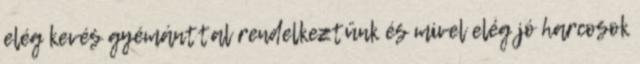
elég kevés gyémánttal rendelkeztünk és mivel elég jó harcosok